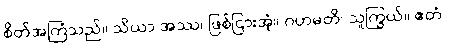
စိတ်အကြံသည်။ သိယာ အဿ၊ ဖြစ်ငြားအံ့။ ဂဟမတိ၊ သူကြွယ်။ ဧတံ၊